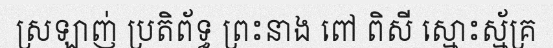
ស្រឡាញ់ ប្រតិព័ទ្ធ ព្រះនាង ពៅ ពិសី ស្មោះស្ម័គ្រ